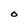
Character: O